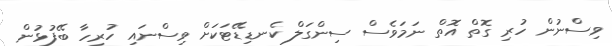
ވިސްނުން ހުރި ގޮތް އޮތް ނަމަވެސް ސިންގަލް ކެނޑިޑޭޓަކަށް ވިސްނައި ހުރިހާ ބޭފުޅުން